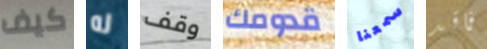
كيف له وقف قدومك سمعنا فاقد